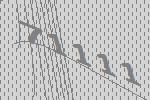
71111